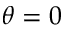
\theta = 0